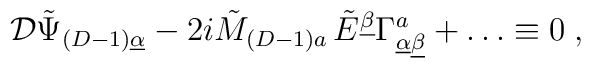
{\cal D} \tilde{\Psi}_{(D-1)\underline{\alpha}} - 2i \tilde{M}_{(D-1) a}\, \tilde{E}^{\underline{\beta}}\Gamma^a_{\underline{\alpha}\underline{\beta}} + \ldots \equiv 0\; ,